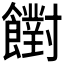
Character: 𩟡